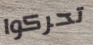
تحركوا